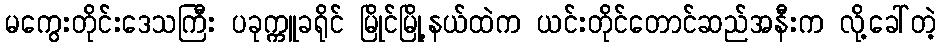
မကွေးတိုင်းဒေသကြီး ပခုက္ကူခရိုင် မြိုင်မြို့နယ်ထဲက ယင်းတိုင်တောင်ဆည်အနီးက လို့ခေါ်တဲ့